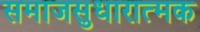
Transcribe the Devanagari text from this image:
समाजसुधारात्मक